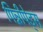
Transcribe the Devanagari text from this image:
पिन्नीपेड्स